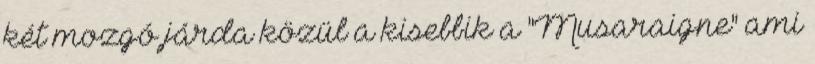
két mozgó járda közül a kisebbik a "Musaraigne" ami